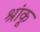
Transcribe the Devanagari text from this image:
श्रांकू